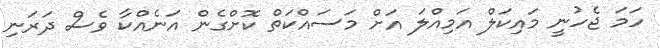
ހަމަ ޖެހުނީ މައިކަލް އަމިއްލަ އަށް މަސައްކަތް ކޮށްގެން އަނެއްކާ ވެސް ދަރަނި